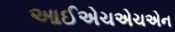
આઈએચએચએન